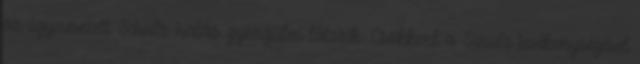
az úgynevezett Schulz-hatás gyengülni látszik. Csökkent a Schulz tevékenységével